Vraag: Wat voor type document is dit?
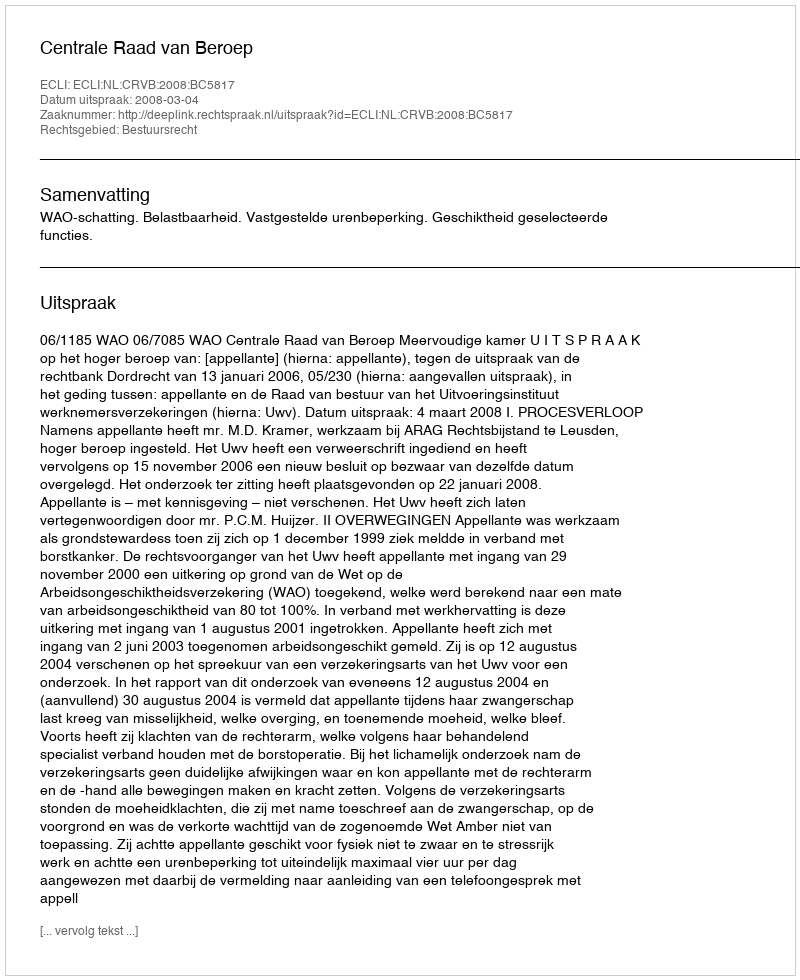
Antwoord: Uitspraak